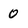
Character: 0